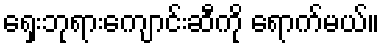
ရှေးဘုရားကျောင်းဆီကို ရောက်မယ်။